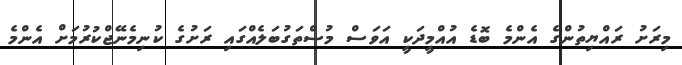
މިރަށު ރައްޔިތުންގެ އެންމެ ބޮޑެ އުއްމީދަކީ އަވަސް މުސްތަގުބަލެއްގައި ރަށުގެ ކުނިމެނޭޖްކުރުމަށް އެންމެ